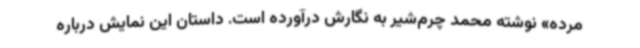
مرده» نوشته محمد چرم‌شیر به نگارش درآورده است. داستان این نمایش درباره